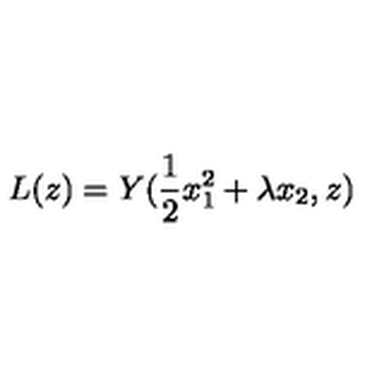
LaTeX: L ( z ) = Y ( \frac { 1 } { 2 } x _ { 1 } ^ { 2 } + \lambda x _ { 2 } , z )